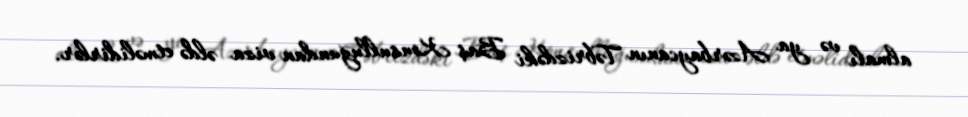
almalı və ya Azərbaycanın Təbrizdəki Baş Konsulluğundan viza əldə etməlidirlər.